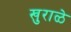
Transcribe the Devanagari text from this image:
खुराळे